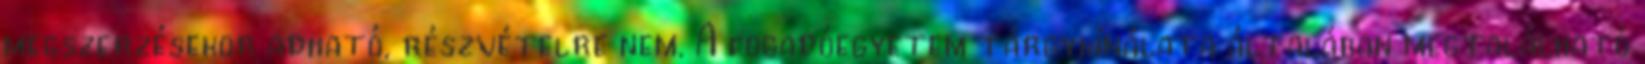
megszerzésekor adható, részvételre nem. A fogadóegyetem tárgykínálata általában megtalálható